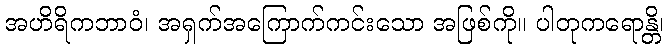
အဟိရိကဘာဝံ၊ အရှက်အကြောက်ကင်းသော အဖြစ်ကို။ ပါတုကရောန္တိ၊